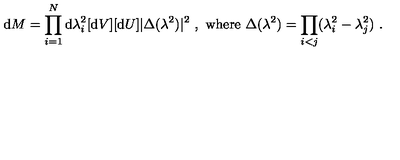
\mathrm { d } M = \prod _ { i = 1 } ^ { N } \mathrm { d } \lambda _ { i } ^ { 2 } [ \mathrm { d } V ] [ \mathrm { d } U ] | \Delta ( \lambda ^ { 2 } ) | ^ { 2 } \ , \ \mathrm { w h e r e } \ \Delta ( \lambda ^ { 2 } ) = \prod _ { i < j } ( \lambda _ { i } ^ { 2 } - \lambda _ { j } ^ { 2 } ) \ .